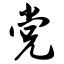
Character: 党